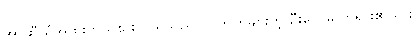
အာဆီယံအထူးကိုယ်စားလှယ်သည် လူကြိုက်များတဲ့ ဦးဝေဖြိုး ဘုရား၏သား